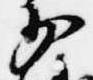
少